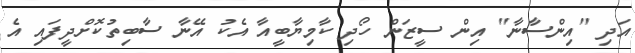
އަދި "އިންސާނާ" އިން ސީޒަން ހޯދި ކާމިޔާބީއާ އެކު އޭނާ ސާބިތުކޮށްދީފައި އެ